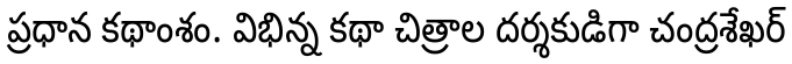
ప్రధాన కథాంశం. విభిన్న కథా చిత్రాల దర్శకుడిగా చంద్రశేఖర్